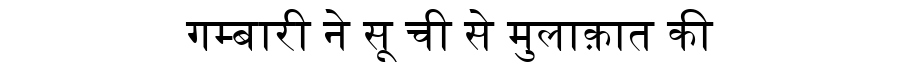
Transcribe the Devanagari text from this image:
गम्बारी ने सू ची से मुलाक़ात की